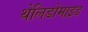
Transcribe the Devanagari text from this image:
थेलिडोमाइड